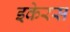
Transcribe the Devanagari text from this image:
इकेरस